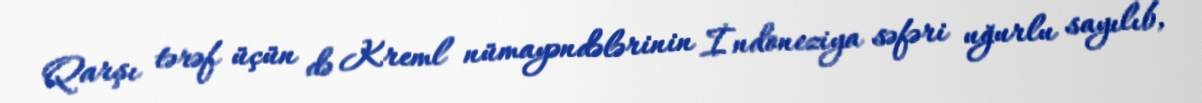
Qarşı tərəf üçün də Kreml nümayəndələrinin İndoneziya səfəri uğurlu sayılıb,